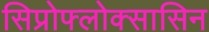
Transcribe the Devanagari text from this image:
सिप्रोफ्लोक्सासिन